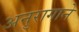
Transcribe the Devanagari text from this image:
अनुरागाने